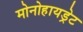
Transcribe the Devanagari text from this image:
मोनोहायड्रेट